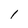
Character: 1